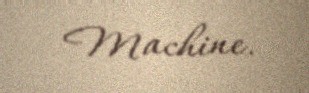
Machine.